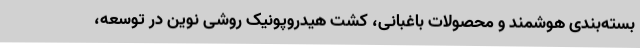
بسته‌بندی هوشمند و محصولات باغبانی، کشت هیدروپونیک روشی نوین در توسعه،